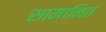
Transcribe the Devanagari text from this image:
सामानित